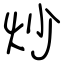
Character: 炒